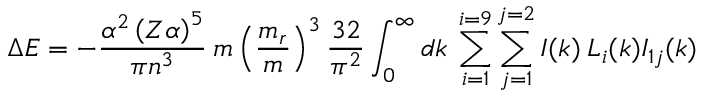
\Delta E = - \frac { \alpha ^ { 2 } \left( Z \alpha \right) ^ { 5 } } { \pi n ^ { 3 } } \: { m } \left( \frac { m _ { r } } { m } \right) ^ { 3 } \frac { 3 2 } { \pi ^ { 2 } } \int _ { 0 } ^ { \infty } d k \: \sum _ { i = 1 } ^ { i = 9 } \sum _ { j = 1 } ^ { j = 2 } { I } ( k ) \: L _ { i } ( k ) { I } _ { 1 j } ( k ) \: